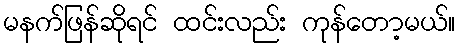
မနက်ဖြန်ဆိုရင် ထင်းလည်း ကုန်တော့မယ်။